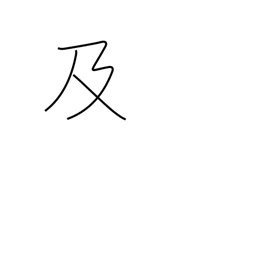
Meaning: cause